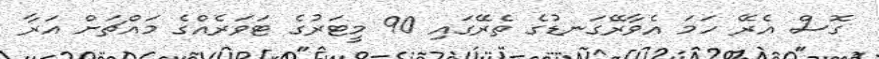
ގޮސް އެރޭ ހަމަ އެވާރޭގަނޑުގެ ތެރޭގައި 90 މީޓަރުގެ ޓަވަރެއްގެ މައްޗަށް އަރާ